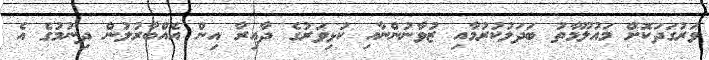
ވަރުގަދަކޮށް މައުލޫމާތު ބަދަލުކުރުމާއި ޒުވާނުންނާއި ކުޅިވަރުގެ ދާއިރާ އިން އެއްބާރުލުން ދިނުމުގެ އެ